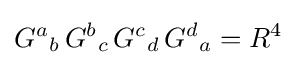
{G^{a}}_{b}\,{G^{b}}_{c}\,{G^{c}}_{d}\,{G^{d}}_{a}=R^{4}